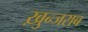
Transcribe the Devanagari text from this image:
ख़ुन्जराब